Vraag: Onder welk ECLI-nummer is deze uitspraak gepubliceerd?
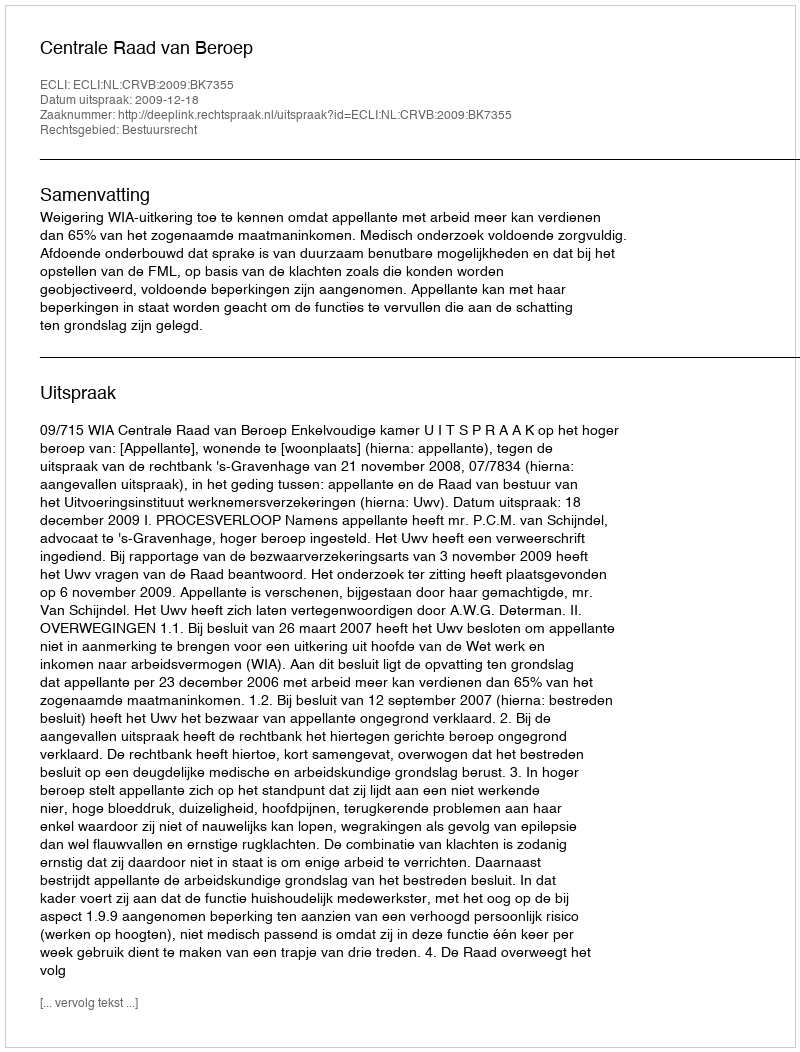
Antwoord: ECLI:NL:CRVB:2009:BK7355